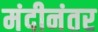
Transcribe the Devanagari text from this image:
मंदीनंतर